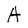
Character: A